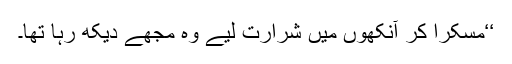
‘‘مسکرا کر آنکھوں میں شرارت لیے وہ مجھے دیکھ رہا تھا۔